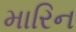
મારિન